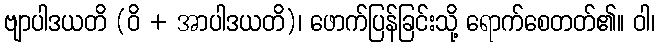
ဗျာပါဒယတိ (ဝိ + အာပါဒယတိ)၊ ဖောက်ပြန်ခြင်းသို့ ရောက်စေတတ်၏။ ဝါ၊